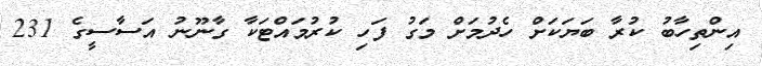
އިންތިހާބު ކުރާ ބަޔަކަށް ހެދުމަށް މަގު ފަހި ކުރުމައްޓަކާ ގާނޫނު އަސާސީގެ 231